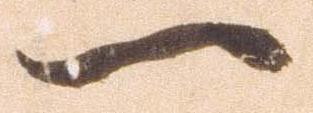
一